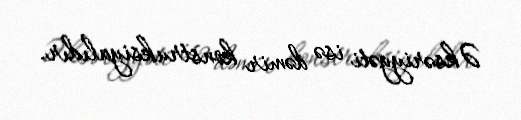
Əksəriyyəti isə dəmir konstruksiyalıdır.